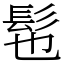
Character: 髢